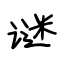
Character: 谜